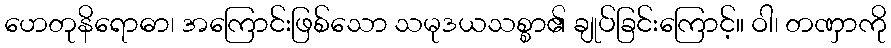
ဟေတုနိရောဓာ၊ အကြောင်းဖြစ်သော သမုဒယသစ္စာ၏ ချုပ်ခြင်းကြောင့်။ ဝါ၊ တဏှာကို